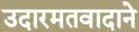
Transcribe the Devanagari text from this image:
उदारमतवादाने